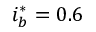
i _ { b } ^ { * } = 0 . 6